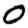
Digit: 0